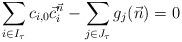
LaTeX: \begin{align*} \sum_{i \in I_\tau} c_{i,0} \vec c_i^{\vec n} - \sum_{j \in J_\tau} g_j(\vec n) =0 \end{align*}